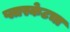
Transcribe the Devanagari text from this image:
प्लास्केटचा